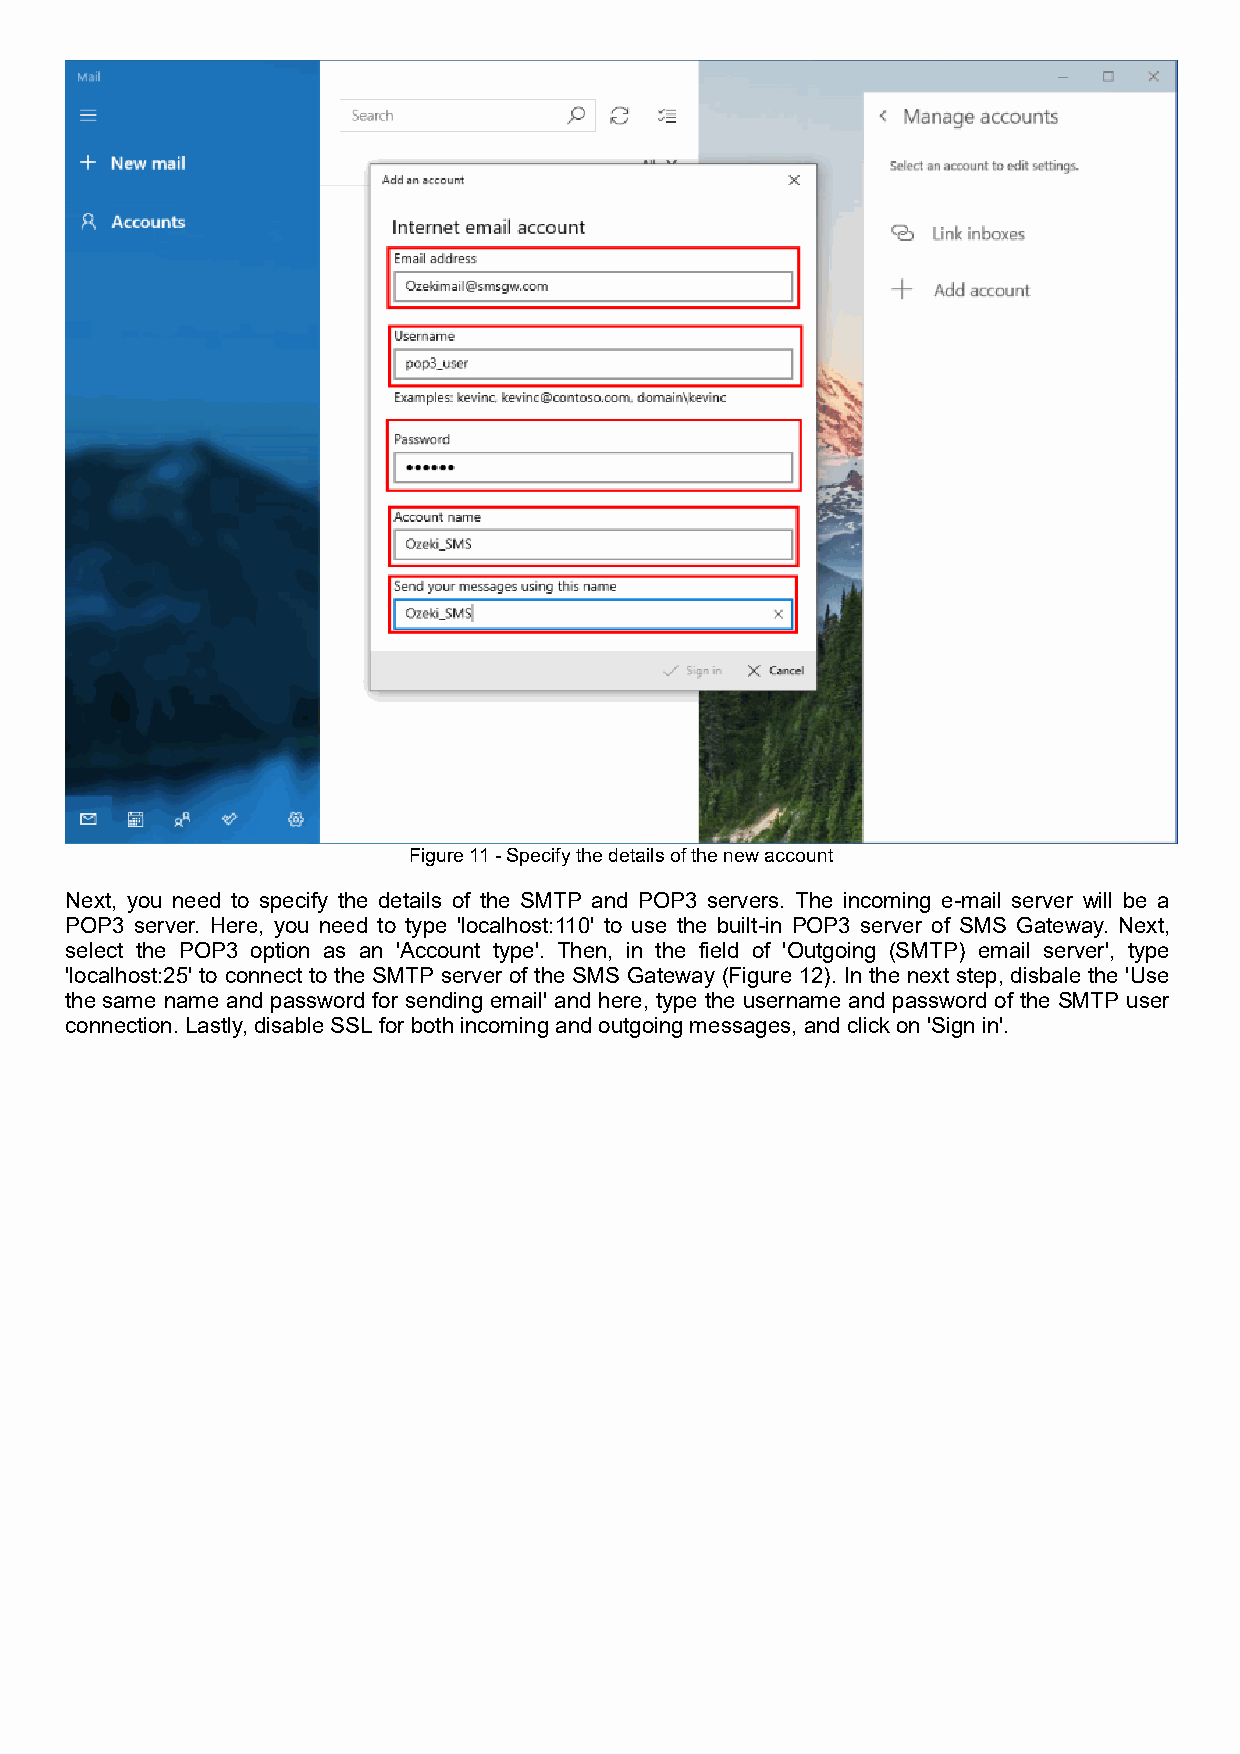
Figure 11 - Specify the details of the new account
 Next, you need to specify the details of the SMTP and POP3 servers. The incoming e-mail server will be a
 POP3 server. Here, you need to type 'localhost:110' to use the built-in POP3 server of SMS Gateway. Next,
 select the POP3 option as an 'Account type'. Then, in the field of 'Outgoing (SMTP) email server', type
 'localhost:25' to connect to the SMTP server of the SMS Gateway (Figure 12). In the next step, disbale the 'Use
 the same name and password for sending email' and here, type the username and password of the SMTP user
 connection. Lastly, disable SSL for both incoming and outgoing messages, and click on 'Sign in'.